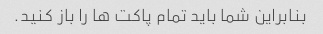
بنابراین شما باید تمام پاکت ها را باز کنید.